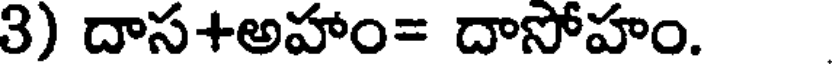
3) దాస+అహాం= దాసోహం.